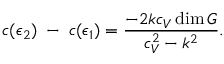
c ( \epsilon _ { 2 } ) \; - \; c ( \epsilon _ { 1 } ) = { \frac { - 2 k c _ { V } \dim G } { c _ { V } ^ { 2 } - k ^ { 2 } } } .